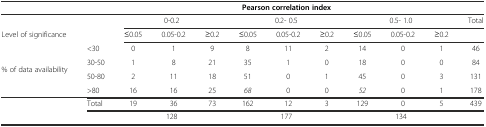
<table><thead><tr><td colspan="2"></td><td colspan="9"><b>Pearson correlation index</b></td><td></td></tr></thead><tbody><tr><td colspan="2"></td><td colspan="3">0-0.2</td><td colspan="3">0.2- 0.5</td><td colspan="3">0.5- 1.0</td><td>Total</td></tr><tr><td colspan="2">Level of significance</td><td>≤0.05</td><td>0.05-0.2</td><td>≥0.2</td><td>≤0.05</td><td>0.05-0.2</td><td>≥0.2</td><td>≤0.05</td><td>0.05-0.2</td><td>≥0.2</td><td></td></tr><tr><td></td><td>&lt;30</td><td>0</td><td>1</td><td>9</td><td>8</td><td>11</td><td>2</td><td>14</td><td>0</td><td>1</td><td>46</td></tr><tr><td rowspan="2">% of data availability</td><td>30-50</td><td>1</td><td>8</td><td>21</td><td>35</td><td>1</td><td>0</td><td>18</td><td>0</td><td>0</td><td>84</td></tr><tr><td>50-80</td><td>2</td><td>11</td><td>18</td><td>51</td><td>0</td><td>1</td><td>45</td><td>0</td><td>3</td><td>131</td></tr><tr><td></td><td>&gt;80</td><td>16</td><td>16</td><td>25</td><td><i>68</i></td><td>0</td><td>0</td><td><i>52</i></td><td>0</td><td>1</td><td>178</td></tr><tr><td rowspan="2"></td><td>Total</td><td>19</td><td>36</td><td>73</td><td>162</td><td>12</td><td>3</td><td>129</td><td>0</td><td>5</td><td>439</td></tr><tr><td></td><td colspan="3">128</td><td colspan="3">177</td><td colspan="3">134</td><td></td></tr></tbody></table>